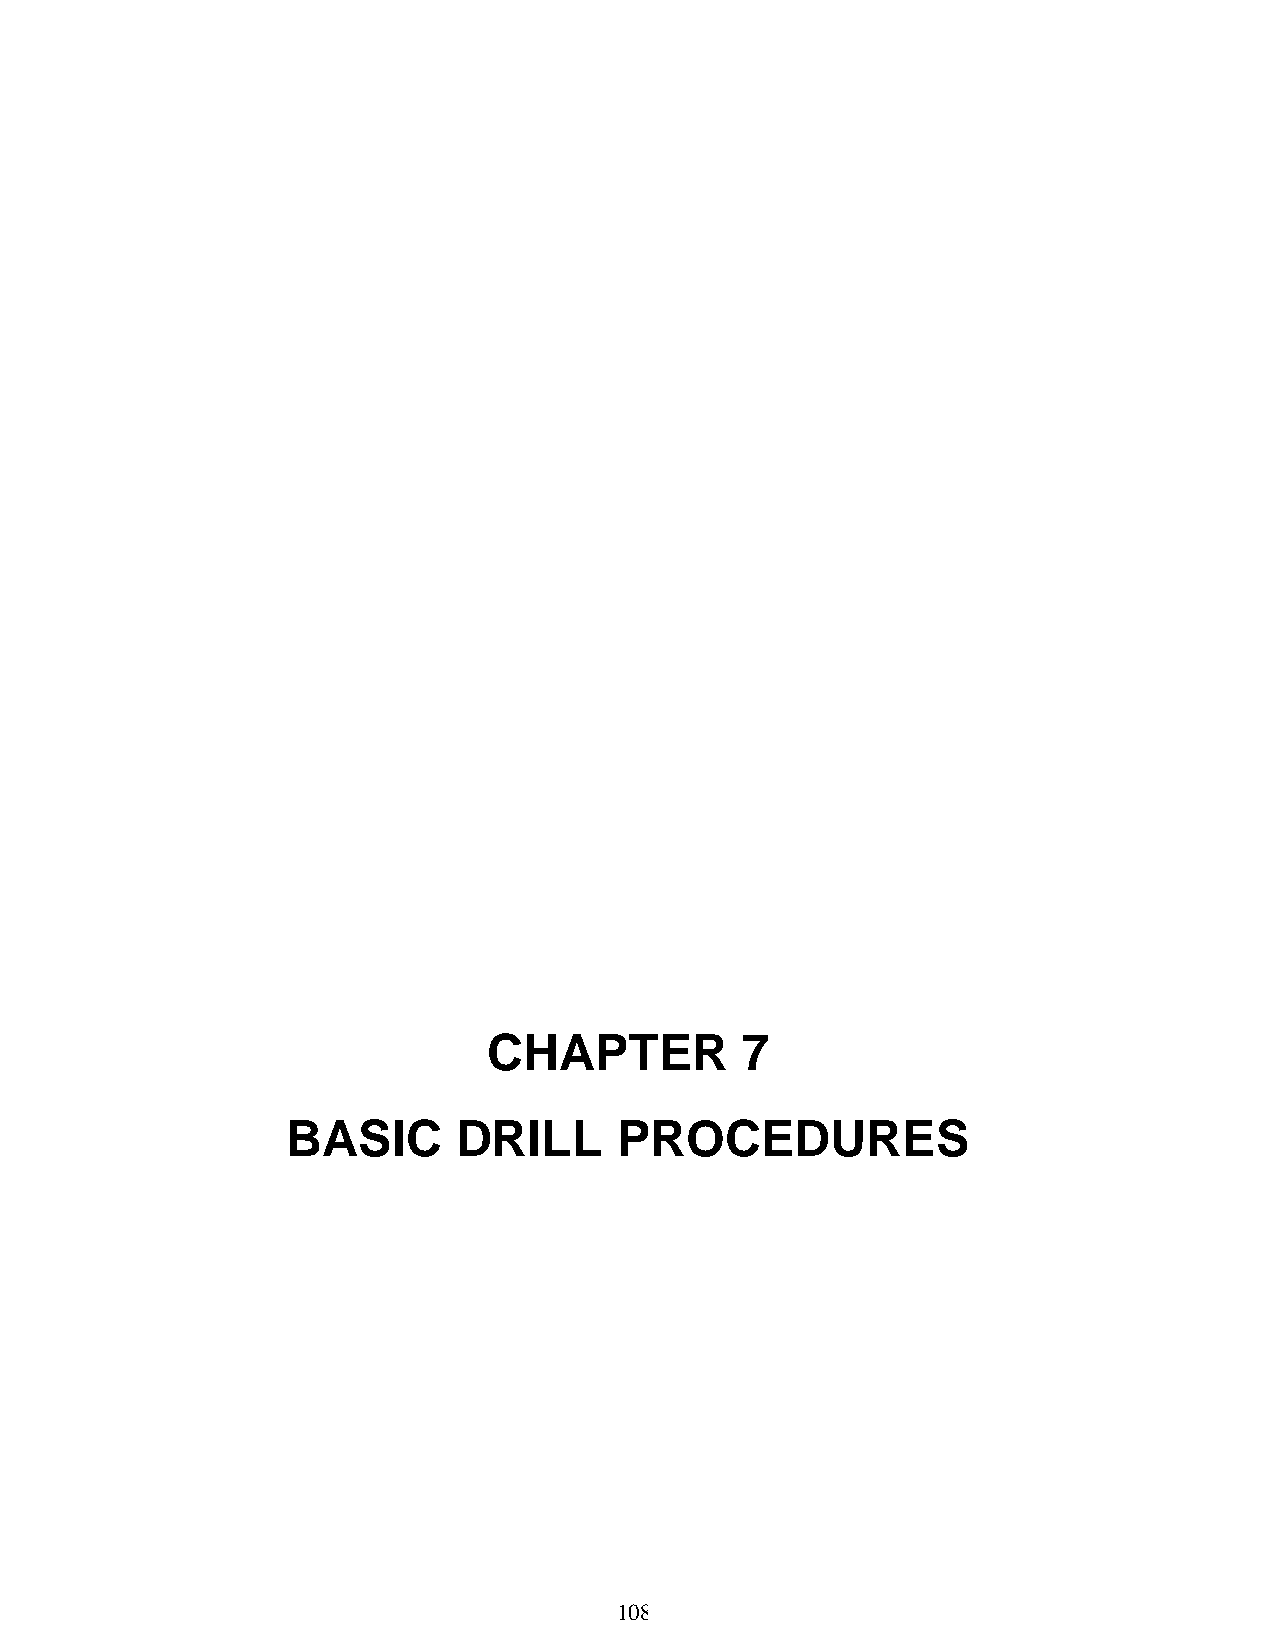
CHAPTER          7
 BASIC      DRILL      PROCEDURES
 108